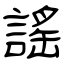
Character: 謠